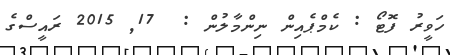
ހަވީރު ފޮޓޯ : ކެމްޕެއިން ނިންމާލުން :  17